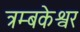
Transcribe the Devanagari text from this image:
त्रम्बकेश्वर